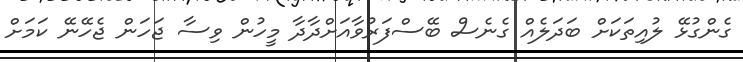
ގެންގުޅޭ ލުއިތަކަށް ބަދަލެއް ގެނެސް ބޭސްފަރުވާއަށްދާދާ މީހުން ވިސާ ޖަހަން ޖެހޭނޭ ކަމަށް